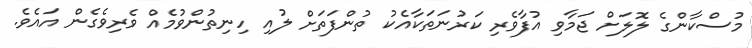
މުސްކާންގެ ލޮލަށް ޖަމާވި އުފާވެރި ކަރުނަތަކާއެކު ތުންފަތަށް ލުއި ހިނިތުންވުމެއް ވެރިވެގެން އައެވެ.